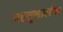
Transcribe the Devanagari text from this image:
महसुलावरील